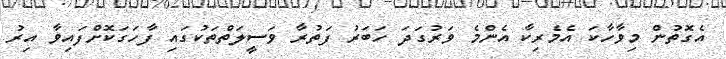
އެގޮތުން މިވާހާކަ އެމެރިކާ އެންމެ ވަރުގަދަ ހަބަރު ފަތުރާ ވަސީލަތްތަކުގައި ފާހަގަކޮށްފައިވާ އިރު